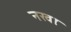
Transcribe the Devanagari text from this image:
नखाः